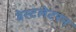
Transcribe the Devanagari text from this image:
वेस्टलेटरन